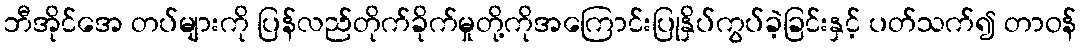
ဘီအိုင်အေ တပ်များကို ပြန်လည်တိုက်ခိုက်မှုတို့ကိုအကြောင်းပြုနှိပ်ကွပ်ခဲ့ခြင်းနှင့် ပတ်သက်၍ တာဝန်